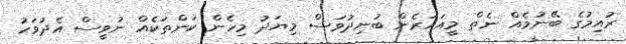
ރުއިމުގެ ބޭނުމެއް ނެތް މީއަހަރެން ބުނިދުވަސް މިޔަދު މިހެން ކަންތަކެއް ނުވީސް އެދުވަހު